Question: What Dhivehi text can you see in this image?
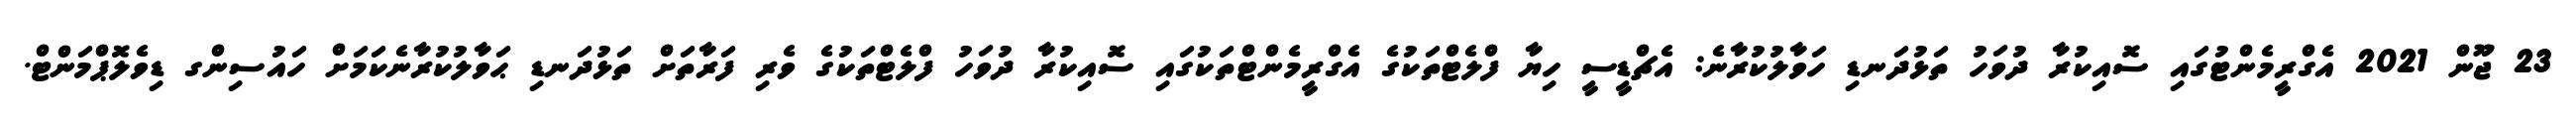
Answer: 23 ޖޫން 2021 އެގްރީމެންޓުގައި ސޮއިކުރާ ދުވަހު ތަޅުދަނޑި ހަވާލުކުރާނެ: އެޗްޑީސީ ހިޔާ ފްލެޓްތަކުގެ އެގްރީމެންޓްތަކުގައި ސޮއިކުރާ ދުވަހު ފްލެޓްތަކުގެ ވެރި ފަރާތަށް ތަޅުދަނޑި ޙަވާލުކުރާނެކަމަށް ހައުސިންގ ޑިވެލޮޕްމަންޓް.